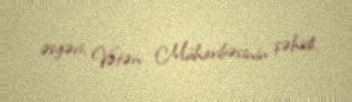
əsgəri, Vətən Müharibəsinin şəhidi.